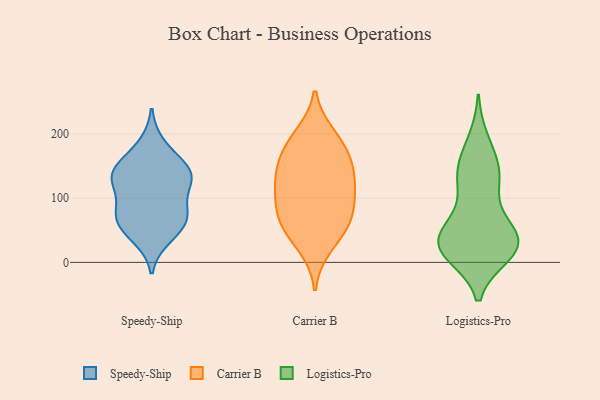
{"axis": {"x": "Temperature (°C)", "y": "Value"}, "legend": ["Carrier B", "Logistics-Pro", "Speedy-Ship"], "data": [{"x": "", "y": 149, "type": "Speedy-Ship"}, {"x": "", "y": 183, "type": "Speedy-Ship"}, {"x": "", "y": 39, "type": "Speedy-Ship"}, {"x": "", "y": 128, "type": "Speedy-Ship"}, {"x": "", "y": 63, "type": "Speedy-Ship"}, {"x": "", "y": 125, "type": "Speedy-Ship"}, {"x": "", "y": 147, "type": "Speedy-Ship"}, {"x": "", "y": 81, "type": "Speedy-Ship"}, {"x": "", "y": 140, "type": "Speedy-Ship"}, {"x": "", "y": 83, "type": "Speedy-Ship"}, {"x": "", "y": 70, "type": "Speedy-Ship"}, {"x": "", "y": 128, "type": "Speedy-Ship"}, {"x": "", "y": 54, "type": "Speedy-Ship"}, {"x": "", "y": 128, "type": "Carrier B"}, {"x": "", "y": 163, "type": "Carrier B"}, {"x": "", "y": 24, "type": "Carrier B"}, {"x": "", "y": 92, "type": "Carrier B"}, {"x": "", "y": 195, "type": "Carrier B"}, {"x": "", "y": 158, "type": "Carrier B"}, {"x": "", "y": 112, "type": "Carrier B"}, {"x": "", "y": 66, "type": "Carrier B"}, {"x": "", "y": 199, "type": "Carrier B"}, {"x": "", "y": 109, "type": "Carrier B"}, {"x": "", "y": 165, "type": "Carrier B"}, {"x": "", "y": 46, "type": "Carrier B"}, {"x": "", "y": 63, "type": "Carrier B"}, {"x": "", "y": 131, "type": "Carrier B"}, {"x": "", "y": 68, "type": "Carrier B"}, {"x": "", "y": 30, "type": "Logistics-Pro"}, {"x": "", "y": 15, "type": "Logistics-Pro"}, {"x": "", "y": 46, "type": "Logistics-Pro"}, {"x": "", "y": 131, "type": "Logistics-Pro"}, {"x": "", "y": 12, "type": "Logistics-Pro"}, {"x": "", "y": 29, "type": "Logistics-Pro"}, {"x": "", "y": 14, "type": "Logistics-Pro"}, {"x": "", "y": 37, "type": "Logistics-Pro"}, {"x": "", "y": 90, "type": "Logistics-Pro"}, {"x": "", "y": 45, "type": "Logistics-Pro"}, {"x": "", "y": 171, "type": "Logistics-Pro"}, {"x": "", "y": 133, "type": "Logistics-Pro"}, {"x": "", "y": 135, "type": "Logistics-Pro"}, {"x": "", "y": 24, "type": "Logistics-Pro"}, {"x": "", "y": 55, "type": "Logistics-Pro"}, {"x": "", "y": 140, "type": "Logistics-Pro"}, {"x": "", "y": 190, "type": "Logistics-Pro"}, {"x": "", "y": 25, "type": "Logistics-Pro"}]}